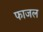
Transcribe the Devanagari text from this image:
फाजल